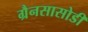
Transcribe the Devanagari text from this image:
ग्रैनसासोडी